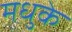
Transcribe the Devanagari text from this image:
मधुके